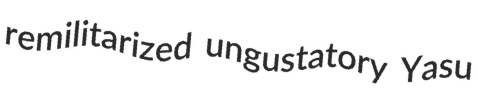
remilitarized ungustatory Yasu